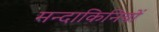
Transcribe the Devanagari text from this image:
मन्दाकिनियों